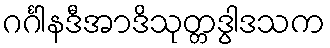
ဂင်္ဂါနဒီအာဒိသုတ္တဒွါဒသက